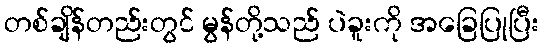
တစ်ချိန်တည်းတွင် မွန်တို့သည် ပဲခူးကို အခြေပြုပြီး